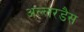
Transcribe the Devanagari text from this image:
अल्लरडैस